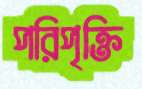
পরিপৃক্তি